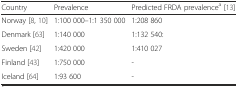
<table><thead><tr><td><b>Country</b></td><td><b>Prevalence</b></td><td><b>Predicted FRDA prevalence<sup>a</sup> [13]</b></td></tr></thead><tbody><tr><td>Norway [8, 10]</td><td>1:100 000–1:1 350 000</td><td>1:208 860</td></tr><tr><td>Denmark [63]</td><td>1:140 000</td><td>1:132 540:</td></tr><tr><td>Sweden [42]</td><td>1:420 000</td><td>1:410 027</td></tr><tr><td>Finland [43]</td><td>1:750 000</td><td>-</td></tr><tr><td>Iceland [64]</td><td>1:93 600</td><td>-</td></tr></tbody></table>